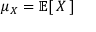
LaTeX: \mu _ { X } = \operatorname { \mathbb { E } } [ \, X \, ]